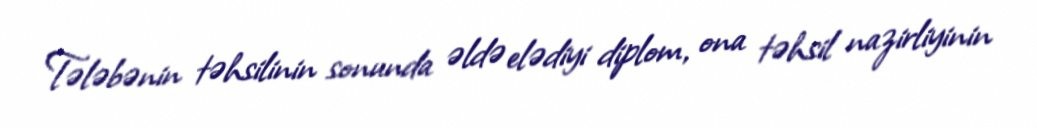
Tələbənin təhsilinin sonunda əldə elədiyi diplom, ona təhsil nazirliyinin